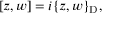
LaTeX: [ z , w ] = i \{ z , w \} _ { \mathrm { D } } ,